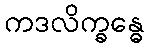
ကဒလိက္ခန္ဓေ